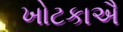
ખોટકાઐ